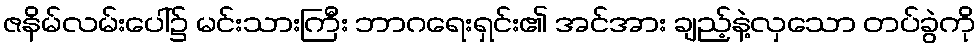
ဇနိမ်လမ်းပေါ်၌ မင်းသားကြီး ဘာဂရေးရှင်း၏ အင်အား ချည့်နဲ့လှသော တပ်ခွဲကို